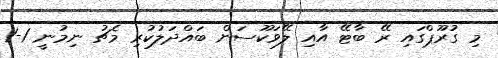
މި ގުރޫޕްގައި ރޭ ބާޓޭ އާއި ލޭވަކޫސަން ބައްދަލުކުރި މެޗު ނިމުނީ 1-1